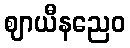
ဈာယီနညေဝ